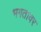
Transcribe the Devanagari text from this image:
भगतावर